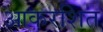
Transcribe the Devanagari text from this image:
आकरशित